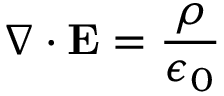
\nabla \cdot \mathbf { E } = { \frac { \rho } { \epsilon _ { 0 } } }